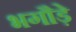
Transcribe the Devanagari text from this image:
भगौड़े